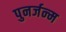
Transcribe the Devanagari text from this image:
पुनर्जन्‍म